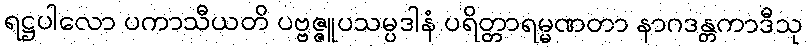
ရဋ္ဌပါလော ပကာသီယတိ ပဗ္ဗဇ္ဇူပသမ္ပဒါနံ ပရိတ္တာရမ္မဏတာ နာဂဒန္တကာဒီသု